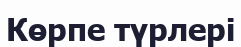
Көрпе түрлері